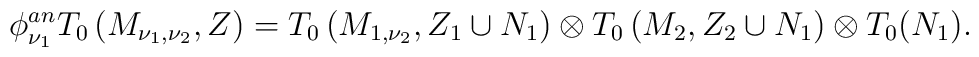
\phi^{an}_{\nu_1}T_0\left(M_{\nu_1,\nu_2},Z\right)=T_0\left(M_{1,\nu_2},Z_1\cup N_1\right)\otimes T_0\left(M_2,Z_2\cup N_1\right)\otimes T_0(N_1).